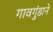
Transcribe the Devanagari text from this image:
गावगुंडाने